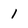
Character: 1